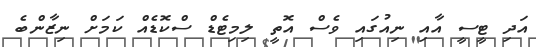
އަދި ޓީސީ އާއި ނިއުގައި ވެސް އޮތީ ލިމިޓެޑް ސްކޮޑެއް ކަަމަށް ނިޒާންބެ